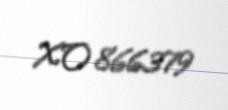
XO 866379